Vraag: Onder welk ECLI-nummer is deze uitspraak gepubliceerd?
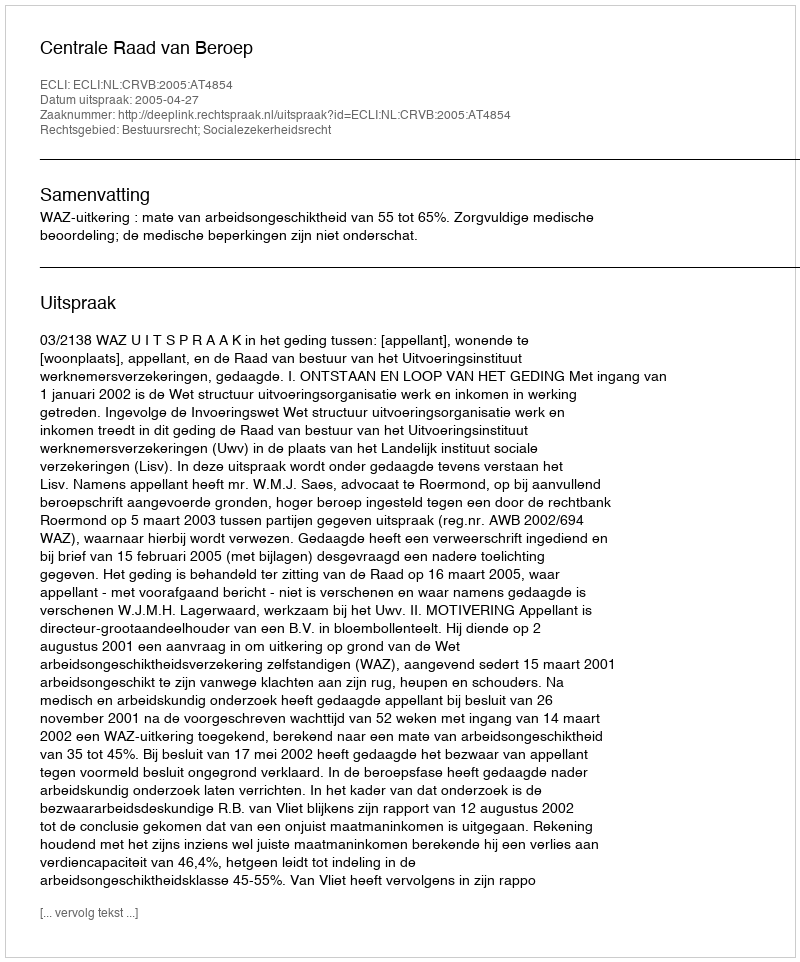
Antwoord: ECLI:NL:CRVB:2005:AT4854